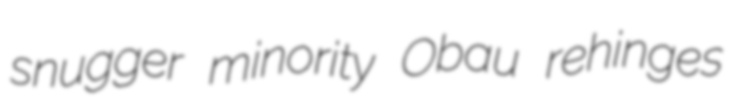
snugger minority Obau rehinges